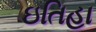
ઇતિહા